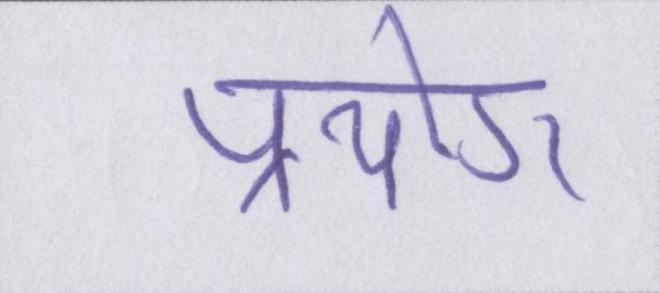
प्रयोग